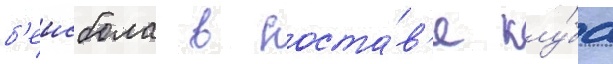
б'еисбола в соста́в'е клу́ба